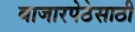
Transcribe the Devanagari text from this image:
बाजारपेठेसाठी